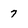
Character: 7